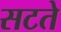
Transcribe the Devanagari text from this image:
सटते